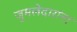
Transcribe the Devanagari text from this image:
जुमलेदारांना